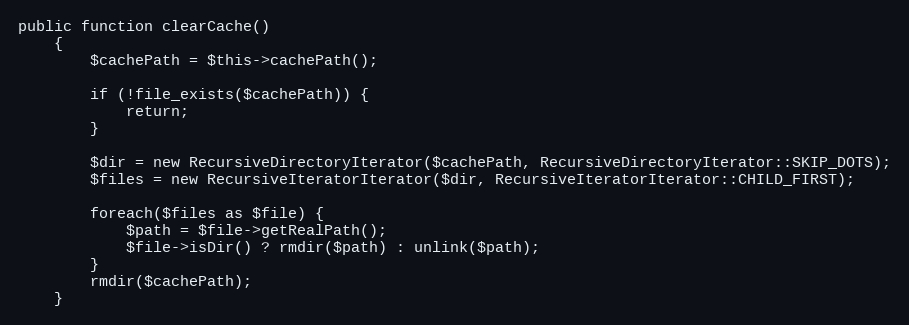
Language: PHP
public function clearCache()
    {
        $cachePath = $this->cachePath();

        if (!file_exists($cachePath)) {
            return;
        }

        $dir = new RecursiveDirectoryIterator($cachePath, RecursiveDirectoryIterator::SKIP_DOTS);
        $files = new RecursiveIteratorIterator($dir, RecursiveIteratorIterator::CHILD_FIRST);

        foreach($files as $file) {
            $path = $file->getRealPath();
            $file->isDir() ? rmdir($path) : unlink($path);
        }
        rmdir($cachePath);
    }